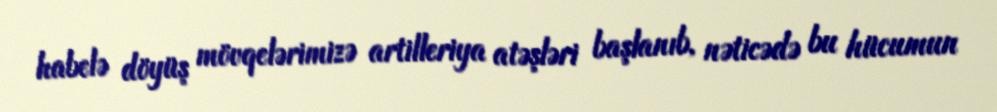
habelə döyüş mövqelərimizə artilleriya atəşləri başlanıb, nəticədə bu hücumun